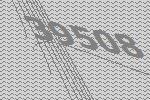
39508